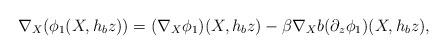
LaTeX: \begin{align*} \nabla_X (\phi_1(X,h_b z)) = (\nabla_X \phi_1)(X,h_b z) - \beta \nabla_X b (\partial_z \phi_1)(X,h_b z), \end{align*}